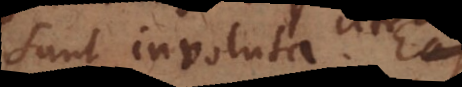
sunt involuta. Eas